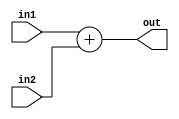
module BranchTargetAdder(input [31:0] in1,
                        input [31:0] in2,
                        output [31:0] out);
    
    assign out = in1 + in2;

endmodule